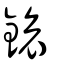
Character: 鎄